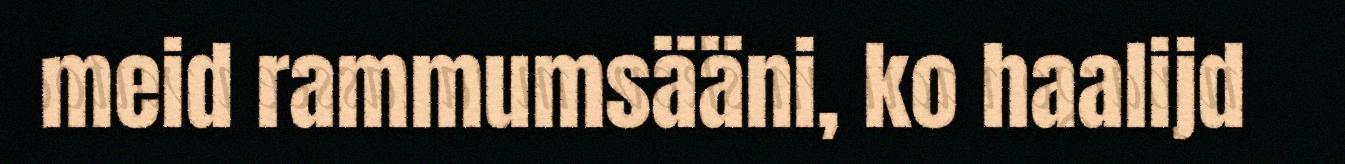
meid rammumsääni, ko haalijd